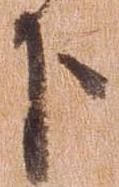
下